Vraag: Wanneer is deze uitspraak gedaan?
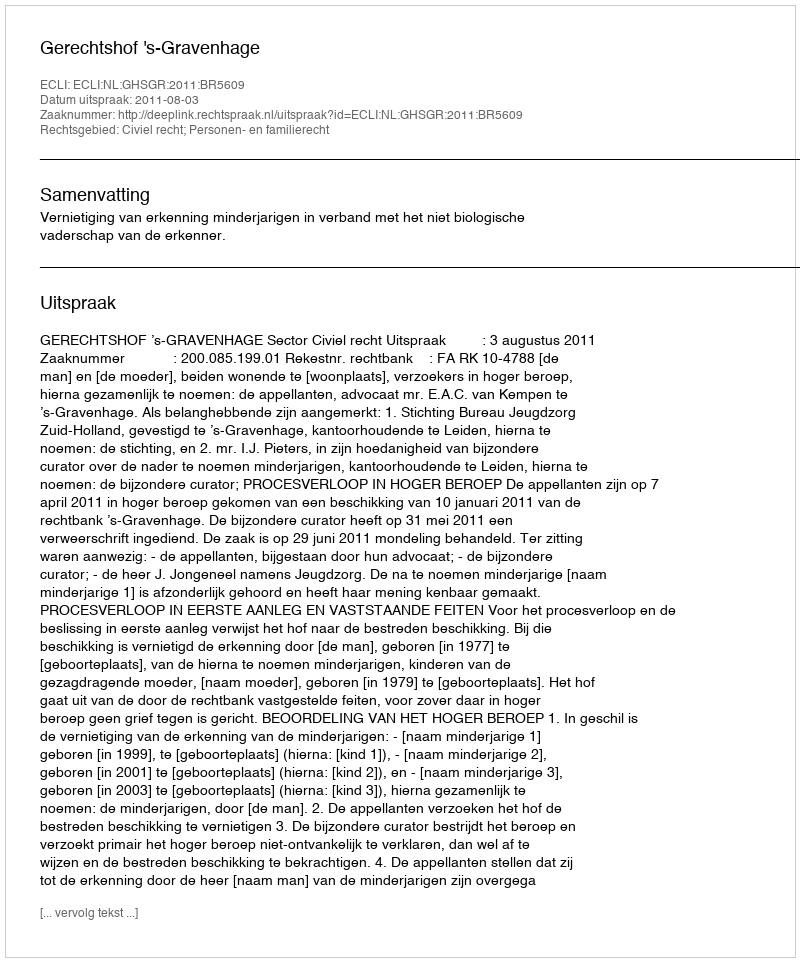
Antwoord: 2011-08-03